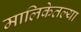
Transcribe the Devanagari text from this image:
मालिकेतल्या